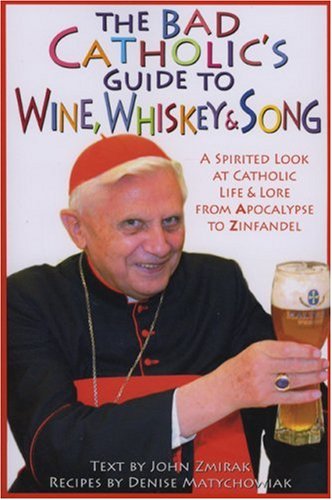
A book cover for The Bad Catholic's Guide to Wine, Whiskey, & Song: A Spirited Look at Catholic Life & Lore from the Apocalypse to Zinfandel (Bad Catholic's guides); John Zmirak; Humor & Entertainment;